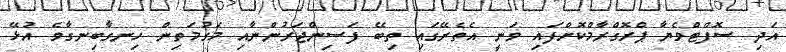
އަދި ސޮފްޓްވެޔާ ޕްރޮގްރާމްކޮށްފައި ވަނީ އެތެރޭގައި ތިބޭ ފަސިންޖަރުންނާއި މަގުމަތިން ހިނގާބިނގާވެ އުޅޭ